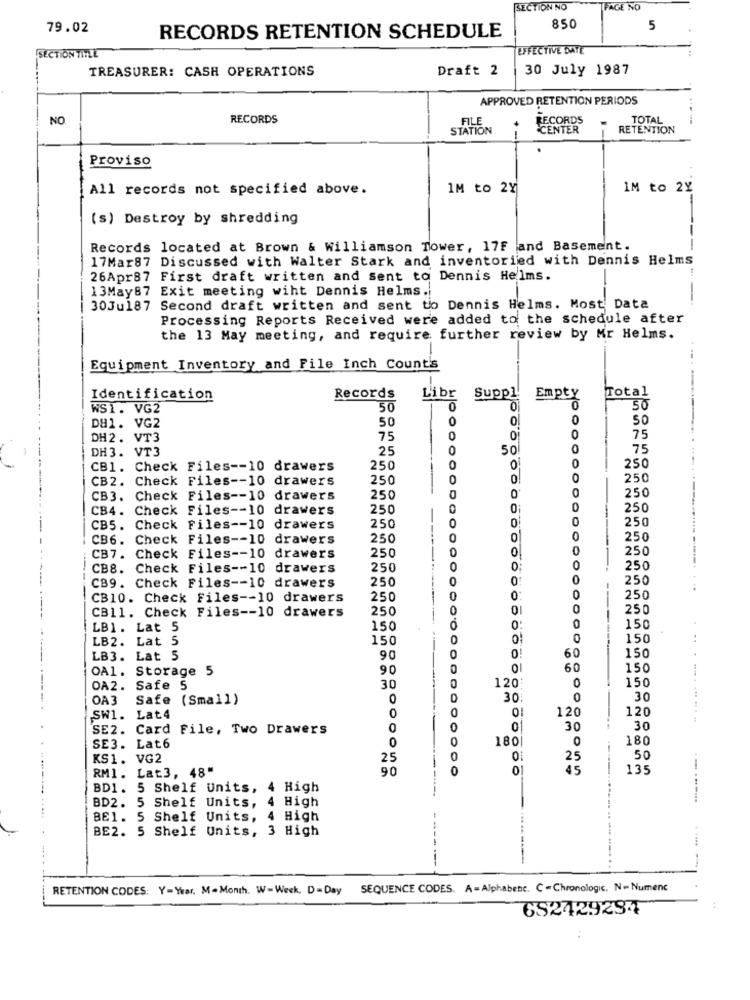
SECTION NO
FAGE NO
79.02
850
5
RECORDS RETENTION SCHEDULE
SECTION TITLE
EFFECTIVE DATE
TREASURER: CASH OPERATIONS
Draft 2
30 July 1987
APPROVED RETENTION PERIODS
NO
RECORDS
FILE
+
RECORDS
TOTAL
STATION
CENTER
RETENTION
-
Proviso
All records not specified above.
IM to 2Y
IM to 2Y
(s) Destroy by shredding
--
Records located at Brown & Williamson Tower, 17F and Basement.
17Mar87 Discussed with Walter Stark and inventoried with Dennis Helms
26Apr87 First draft written and Sent to Dennis Helms.
-
13May87 Exit meeting wiht Dennis Helms.
30Ju187 Second draft written and sent to Dennis Helms. Most Data
Processing Reports Received were added to the schedule after
the 13 May meeting, and require further review by Mr Helms.
Equipment Inventory and File Inch Count's
Identification
Records
Libr
Suppl
Empty
Total
WS1. VG2
50
0
O
50
50
0
0
0
50
DH1. VG2
DH2. VT3
75
0
0
0
75
DH3. VT3
25
0
50
0
75
CB1. Check Files -- 10 drawers
250
0
0
250
CB2. Check Files -- 10 drawers
250
0
0
250
0
250
CB3.
Check
Files -- 10 drawers
250
CB4.
Check
Files -- 10 drawers
250
250
250
0
250
CB5.
Check
Files -- 10 drawers
CB6.
Check
Files -- 10 drawers
250
250
250
0
250
CB7. Check Files -- 10 drawers
CB8. Check Files -- 10 drawers
250
0
250
250
O
250
CB9. Check Files -- 10 drawers
CB10. Check Files -- 10 drawers
250
0
250
CB11. Check Files -- 10 drawers
250
0
250
LB1. Lat 5
150
0
150
LB2. Lat 5
150
150
150
LB3. Lat 5
90
60
OA1. Storage 5
90
00
60
150
120
150
OA2. Safe
30
0
OA 3
Safe
(Small)
0
30
0
30
0
120
120
SW1. Lat4
SE2. Card File, Two Drawers
0
0
0
30
30
180
0
180
SE3. Lat6
0
KS1. VG2
25
0
25
50
RM1. Lat3, 48"
90
0
0
45
135
BD1. 5 Shelf Units, 4 High
4 High
-- ---...
BD2. 5 Shelf Units,
BE1.
5 Shelf Units,
4 High
BE2. 5 Shelf Units, 3 High
------
RETENTION CODES: Y=Year. M-Month. W-Week. D=Day
SEQUENCE CODES. A -Alphabene. C - Chronologie. N. Numenc
692429234